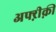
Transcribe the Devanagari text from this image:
अफ्ऱीक़ी